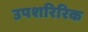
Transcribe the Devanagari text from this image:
उपशरिरिक